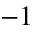
^ { - 1 }